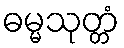
ဓမ္မသုတ္တံ